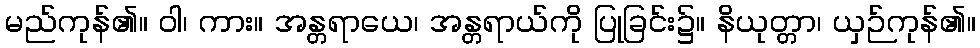
မည်ကုန်၏။ ဝါ၊ ကား။ အန္တရာယေ၊ အန္တရာယ်ကို ပြုခြင်း၌။ နိယုတ္တာ၊ ယှဉ်ကုန်၏။